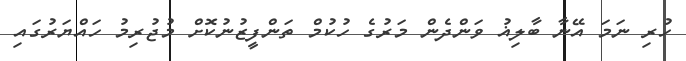
ހުރި ނަމަ އޭނާ ބާލިޣު ވަންދެން މަރުގެ ހުކުމް ތަންފީޒުނުކޮށް މުޖުރިމު ހައްޔަރުގައި